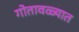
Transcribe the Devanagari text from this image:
गोतावळ्यात